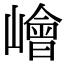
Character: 𡼾